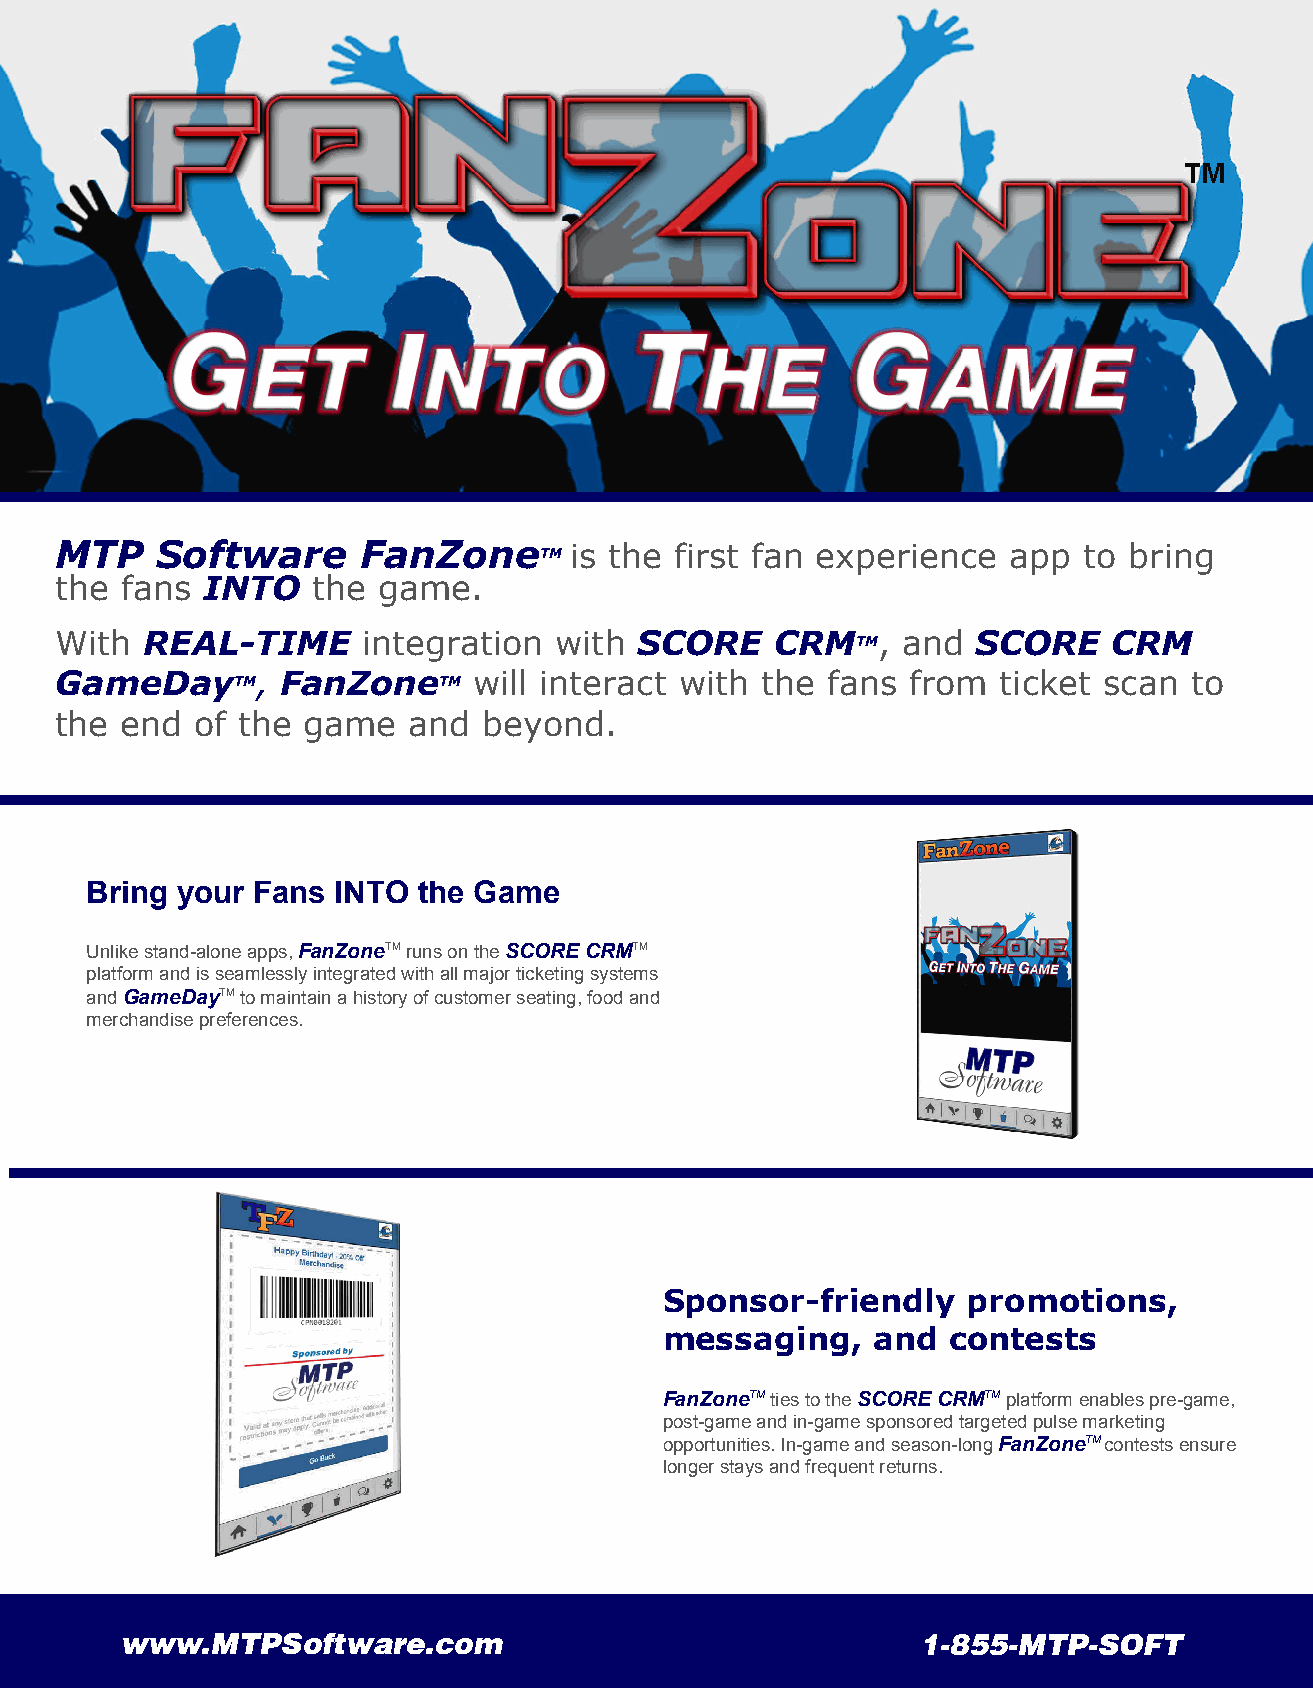
MTP   Software      FanZone     TM is the first fan experience app  to bring
 the fans INTO    the game.
 With REAL-TIME      integration  with SCORE    CRMTM,   and  SCORE    CRM
 GameDay    TM, FanZoneTM   will interact with the  fans from  ticket scan  to
 the end  of the game   and  beyond.
 Bring your Fans INTO  the Game
 Unlike stand-alone apps, FanZoneTM runs on the SCORE CRMTM
 platform and is seamlessly integrated with all major ticketing systems
 and GameDayTM to maintain a history of customer seating, food and
 merchandise preferences.
 Sponsor-friendly    promotions,
 messaging,    and  contests
 FanZoneTM ties to the SCORE CRMTM platform enables pre-game,
 post-game and in-game sponsored targeted pulse marketing
 opportunities. In-game and season-long FanZoneTM contests ensure
 longer stays and frequent returns.
 www.MTPSoftware.com                                  1-855-MTP-SOFT